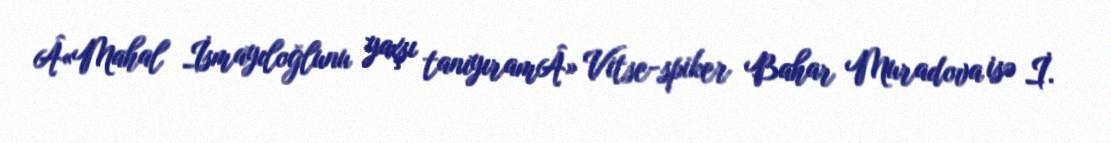
Â«Mahal İsmayıloğlunu yaxşı tanıyıramÂ» Vitse-spiker Bahar Muradova isə İ.